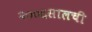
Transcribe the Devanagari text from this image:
२००६सालची